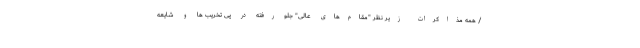
/ همه مذاکرات زیر نظر "مقام‌های عالی" جلو رفته در پی تخریب ها و شایعه